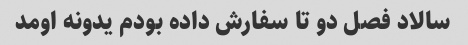
سالاد فصل دو تا سفارش داده بودم یدونه اومد